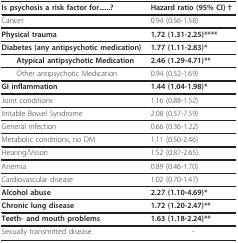
| Is psychosis a risk factor for......? | Hazard ratio (95% CI) † |
 | --- | --- |
 | Cancer | 0.94 (0.56-1.58) |
 | Physical trauma | 1.72 (1.31-2.25)**** |
 | Diabetes (any antipsychotic medication) | 1.77 (1.11-2.83)* |
 | Atypical antipsychotic Medication | 2.46 (1.29-4.71)** |
 | Other antipsychotic Medication | 0.94 (0.52-1.69) |
 | GI inflammation | 1.44 (1.04-1.98)* |
 | Joint conditions | 1.16 (0.88-1.52) |
 | Irritable Bowel Syndrome | 2.08 (0.57-7.59) |
 | General infection | 0.66 (0.36-1.22) |
 | Metabolic conditions, no DM | 1.11 (0.50-2.46) |
 | Hearing/Vision | 1.52 (0.87-2.65) |
 | Anemia | 0.89 (0.46-1.70) |
 | Cardiovascular disease | 1.02 (0.70-1.47) |
 | Alcohol abuse | 2.27 (1.10-4.69)* |
 | Chronic lung disease | 1.72 (1.20-2.47)** |
 | Teeth- and mouth problems | 1.63 (1.18-2.24)** |
 | Sexually transmitted disease | - |